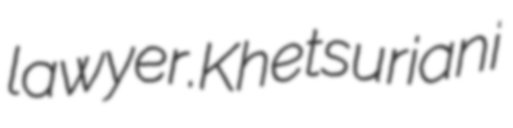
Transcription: lawyer.Khetsuriani